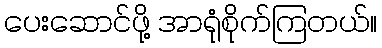
ပေးဆောင်ဖို့ အာရုံစိုက်ကြတယ်။